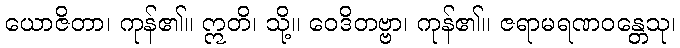
ယောဇိတာ၊ ကုန်၏။ ဣတိ၊ သို့။ ဝေဒိတဗ္ဗာ၊ ကုန်၏။ ဇရာမရဏဝန္တေသု၊